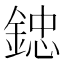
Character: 𨨩